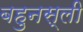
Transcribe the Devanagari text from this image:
बहुनस्ली